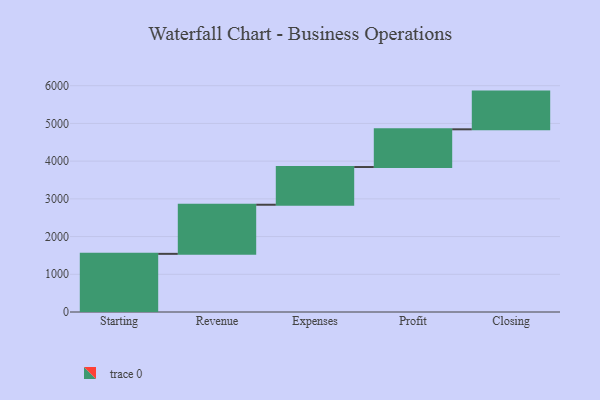
{"axis": {"x": "Step", "y": "Value"}, "legend": [""], "data": [{"x": "Starting", "y": 1542.0, "type": ""}, {"x": "Revenue", "y": 1302.0, "type": ""}, {"x": "Expenses", "y": 1000, "type": ""}, {"x": "Profit", "y": 1000, "type": ""}, {"x": "Closing", "y": 1000, "type": ""}]}